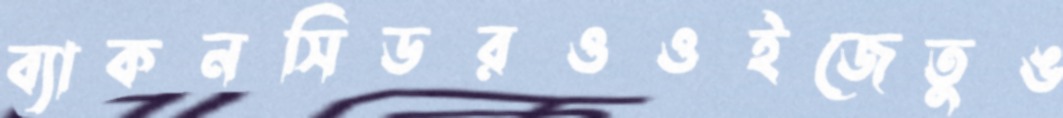
ব্যাকনসিডরওওইজেতুঙ